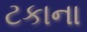
ટકાના